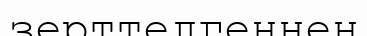
зерттелгеннен